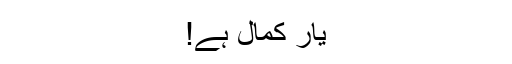
یار کمال ہے!